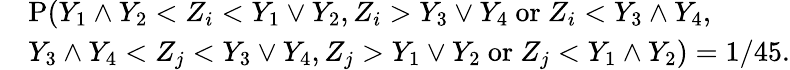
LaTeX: \begin{array}{rl}&{{\mathrm P}(Y_{1}\wedge Y_{2}<Z_{i}<Y_{1}\vee Y_{2},Z_{i}>Y_{3}\vee Y_{4}~\mathrm{or}~Z_{i}<Y_{3}\wedge Y_{4},}\\ &{Y_{3}\wedge Y_{4}<Z_{j}<Y_{3}\vee Y_{4},Z_{j}>Y_{1}\vee Y_{2}~\mathrm{or}~Z_{j}<Y_{1}\wedge Y_{2})=1/45.}\end{array}